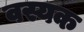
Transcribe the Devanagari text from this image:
वस्यक